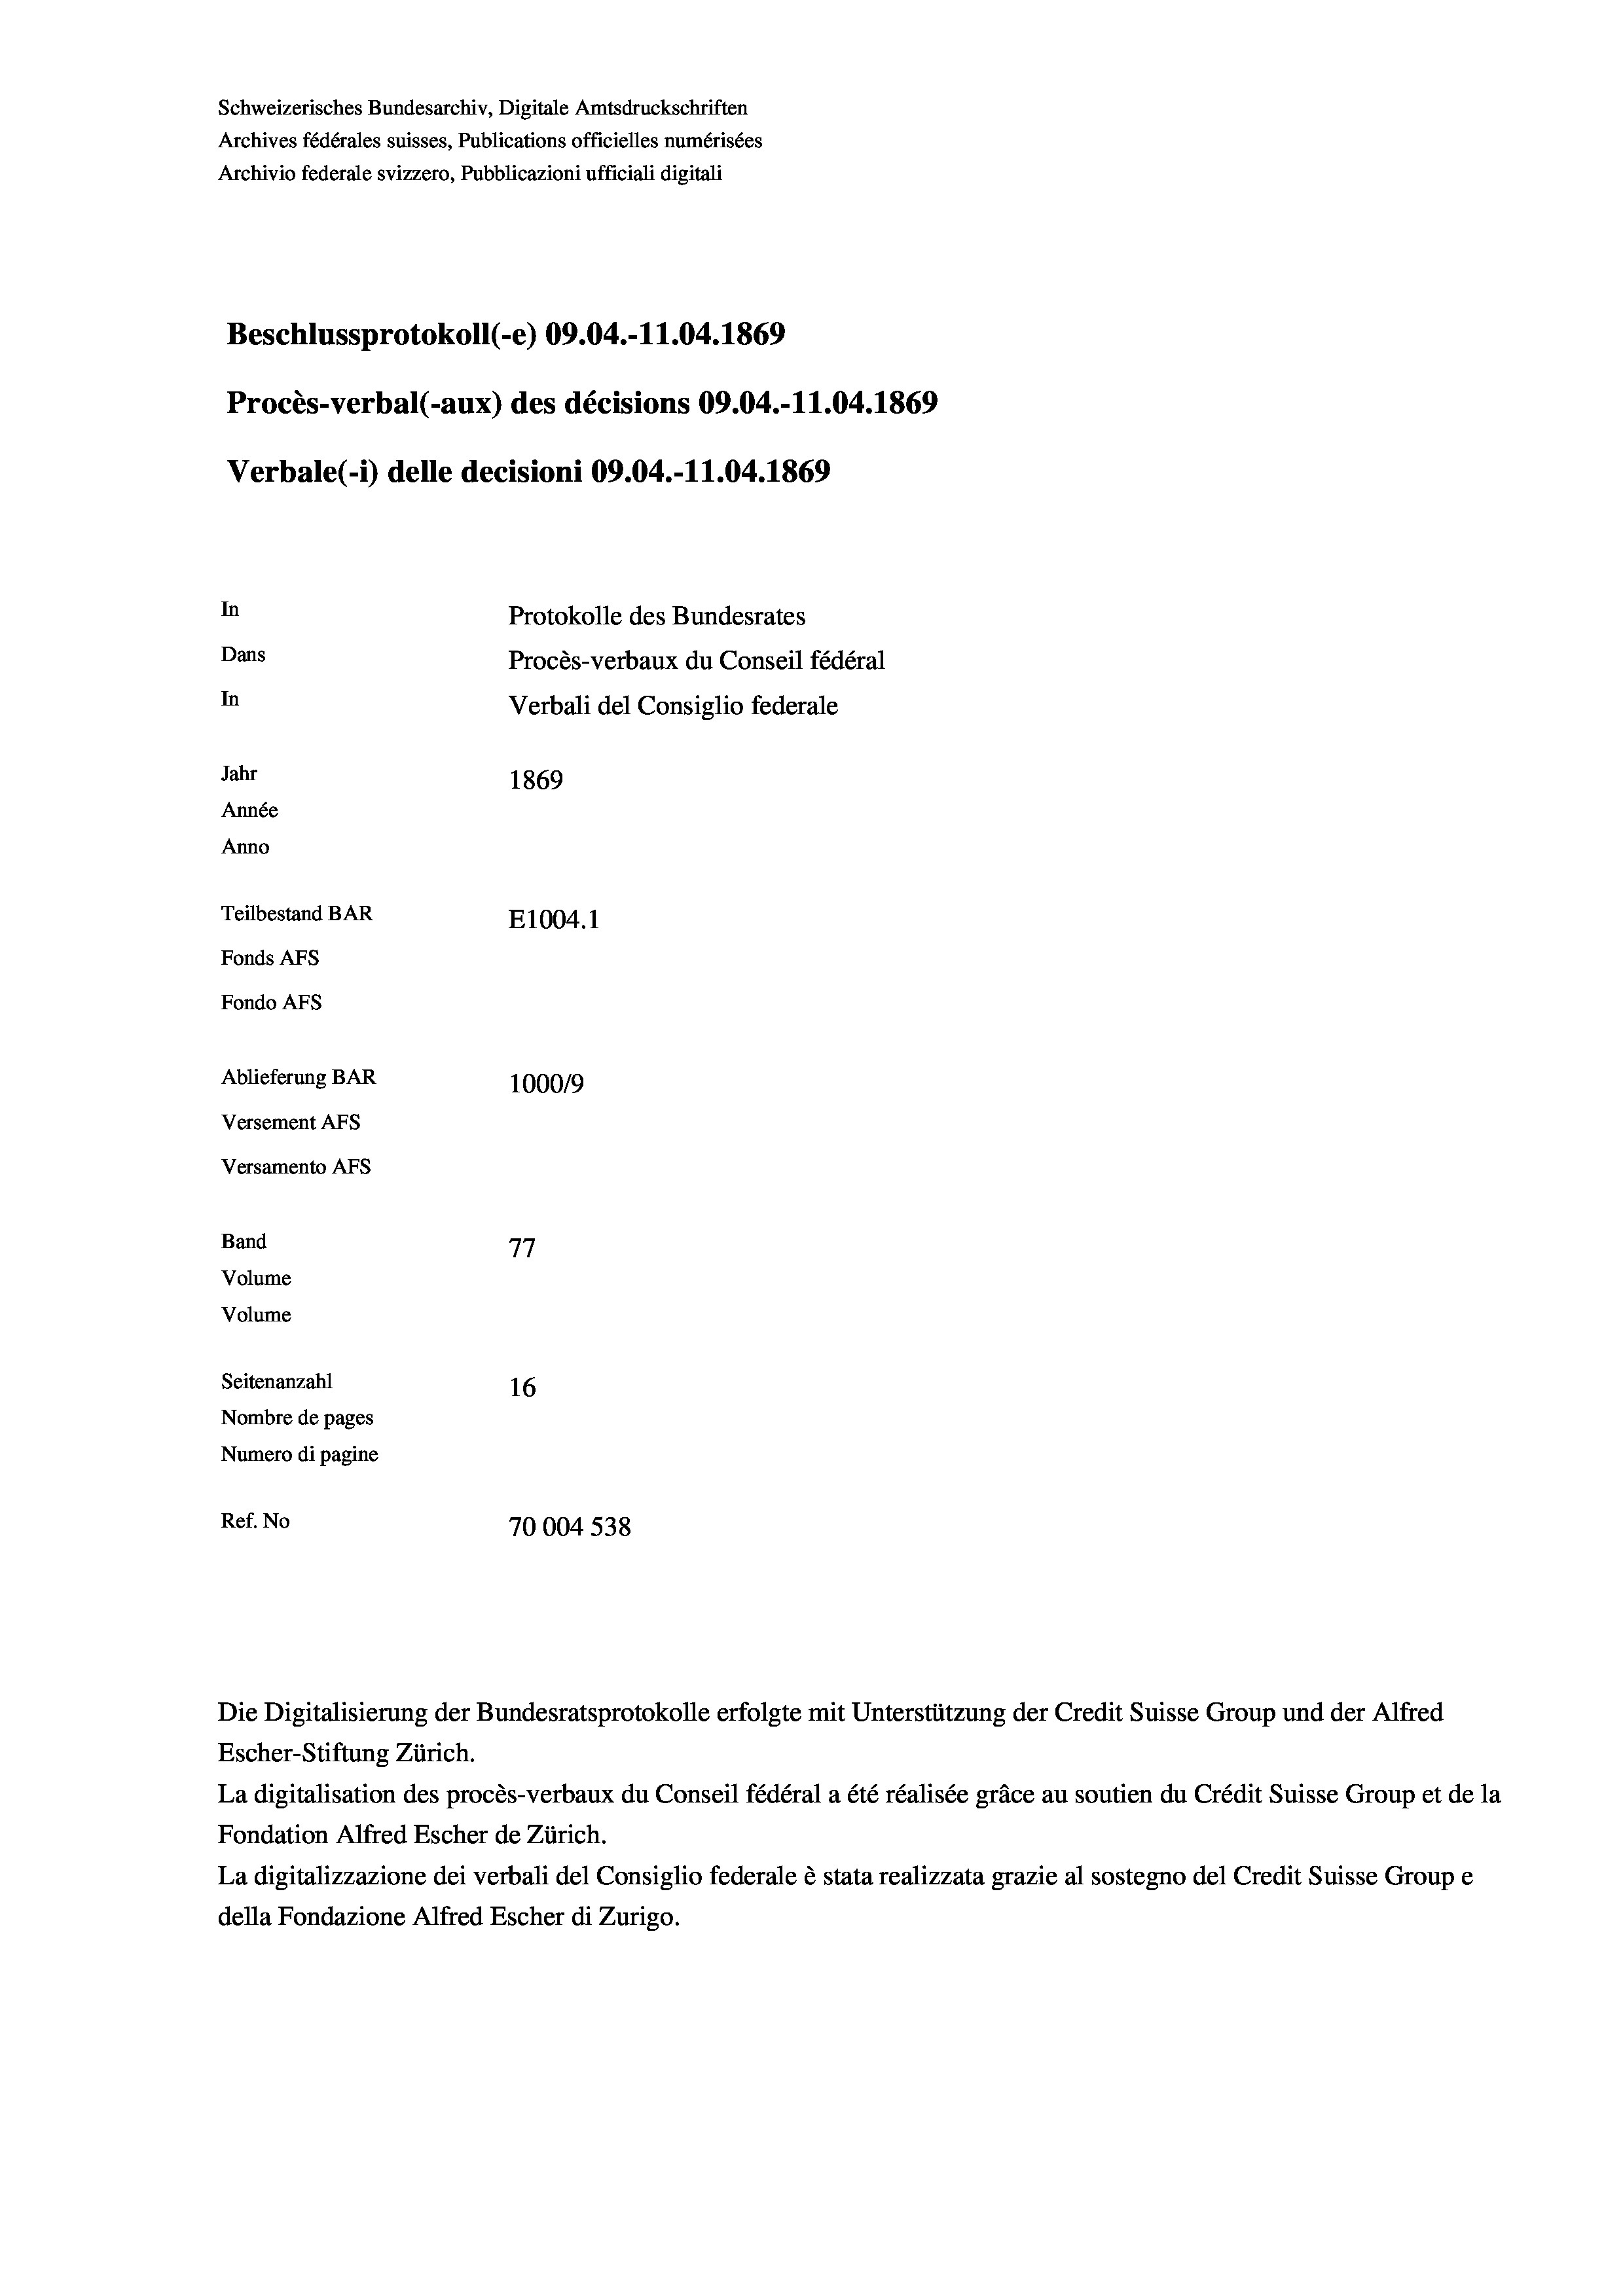
Schweizerisches Bundesarchiv, Digitale Amtsdruckschriften
Archives fédérales suisses, Publications officielles numérisées
Archivio federale svizzero, Pubblicazioni ufficiali digitali
Beschlussprotokoll (-e) 09.04.-11.04. 1869
Procès-verbal (-aux) des décisions 09.04.-11.04. 1869
Verbale (-*) delle decisioni 09.04.-11.04. 1869
In
Protokolle des Bundesrates
Dans
Procès-verbaux du Conseil fédéral
In
Verbali del Consiglio federale
Jahr
1869
Année
Anno
Teilbestand BAR
E1004. 1
Fonds AFs
Fondo AFs
Ablieferung BAR
100019
Versement AFs
Versamento AFS
Band
77
Volume
Volume

Seitenanzahl
16
Nombre de pages
Numero di pagine
Ref. No
70004 538

Escher-Stiftung Zürich.
La digitalisation des procès-verbaux du Conseil fédéral a été réalisée gräce au soutien du Crédit Suisse Group et de la
Fondation Alfred Escher de Zürich.
La digitalizzazione dei verbali del Consiglio federale è stata realizzata grazie al sostegno del Credit Suisse Groupe
della Fondazione Alfred Escher di Zurigo.

Die Digitalisierung der Bundesratsprotokolle erfolgte mit Unterstützung der Credit Suisse Group und der Alfred